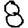
Digit: 8